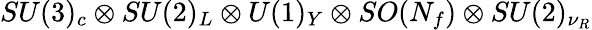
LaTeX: SU(3)_{c}\otimes SU(2)_{L}\otimes U(1)_{Y}\otimes SO(N_{f})\otimes SU(2)_{\nu_{R}}